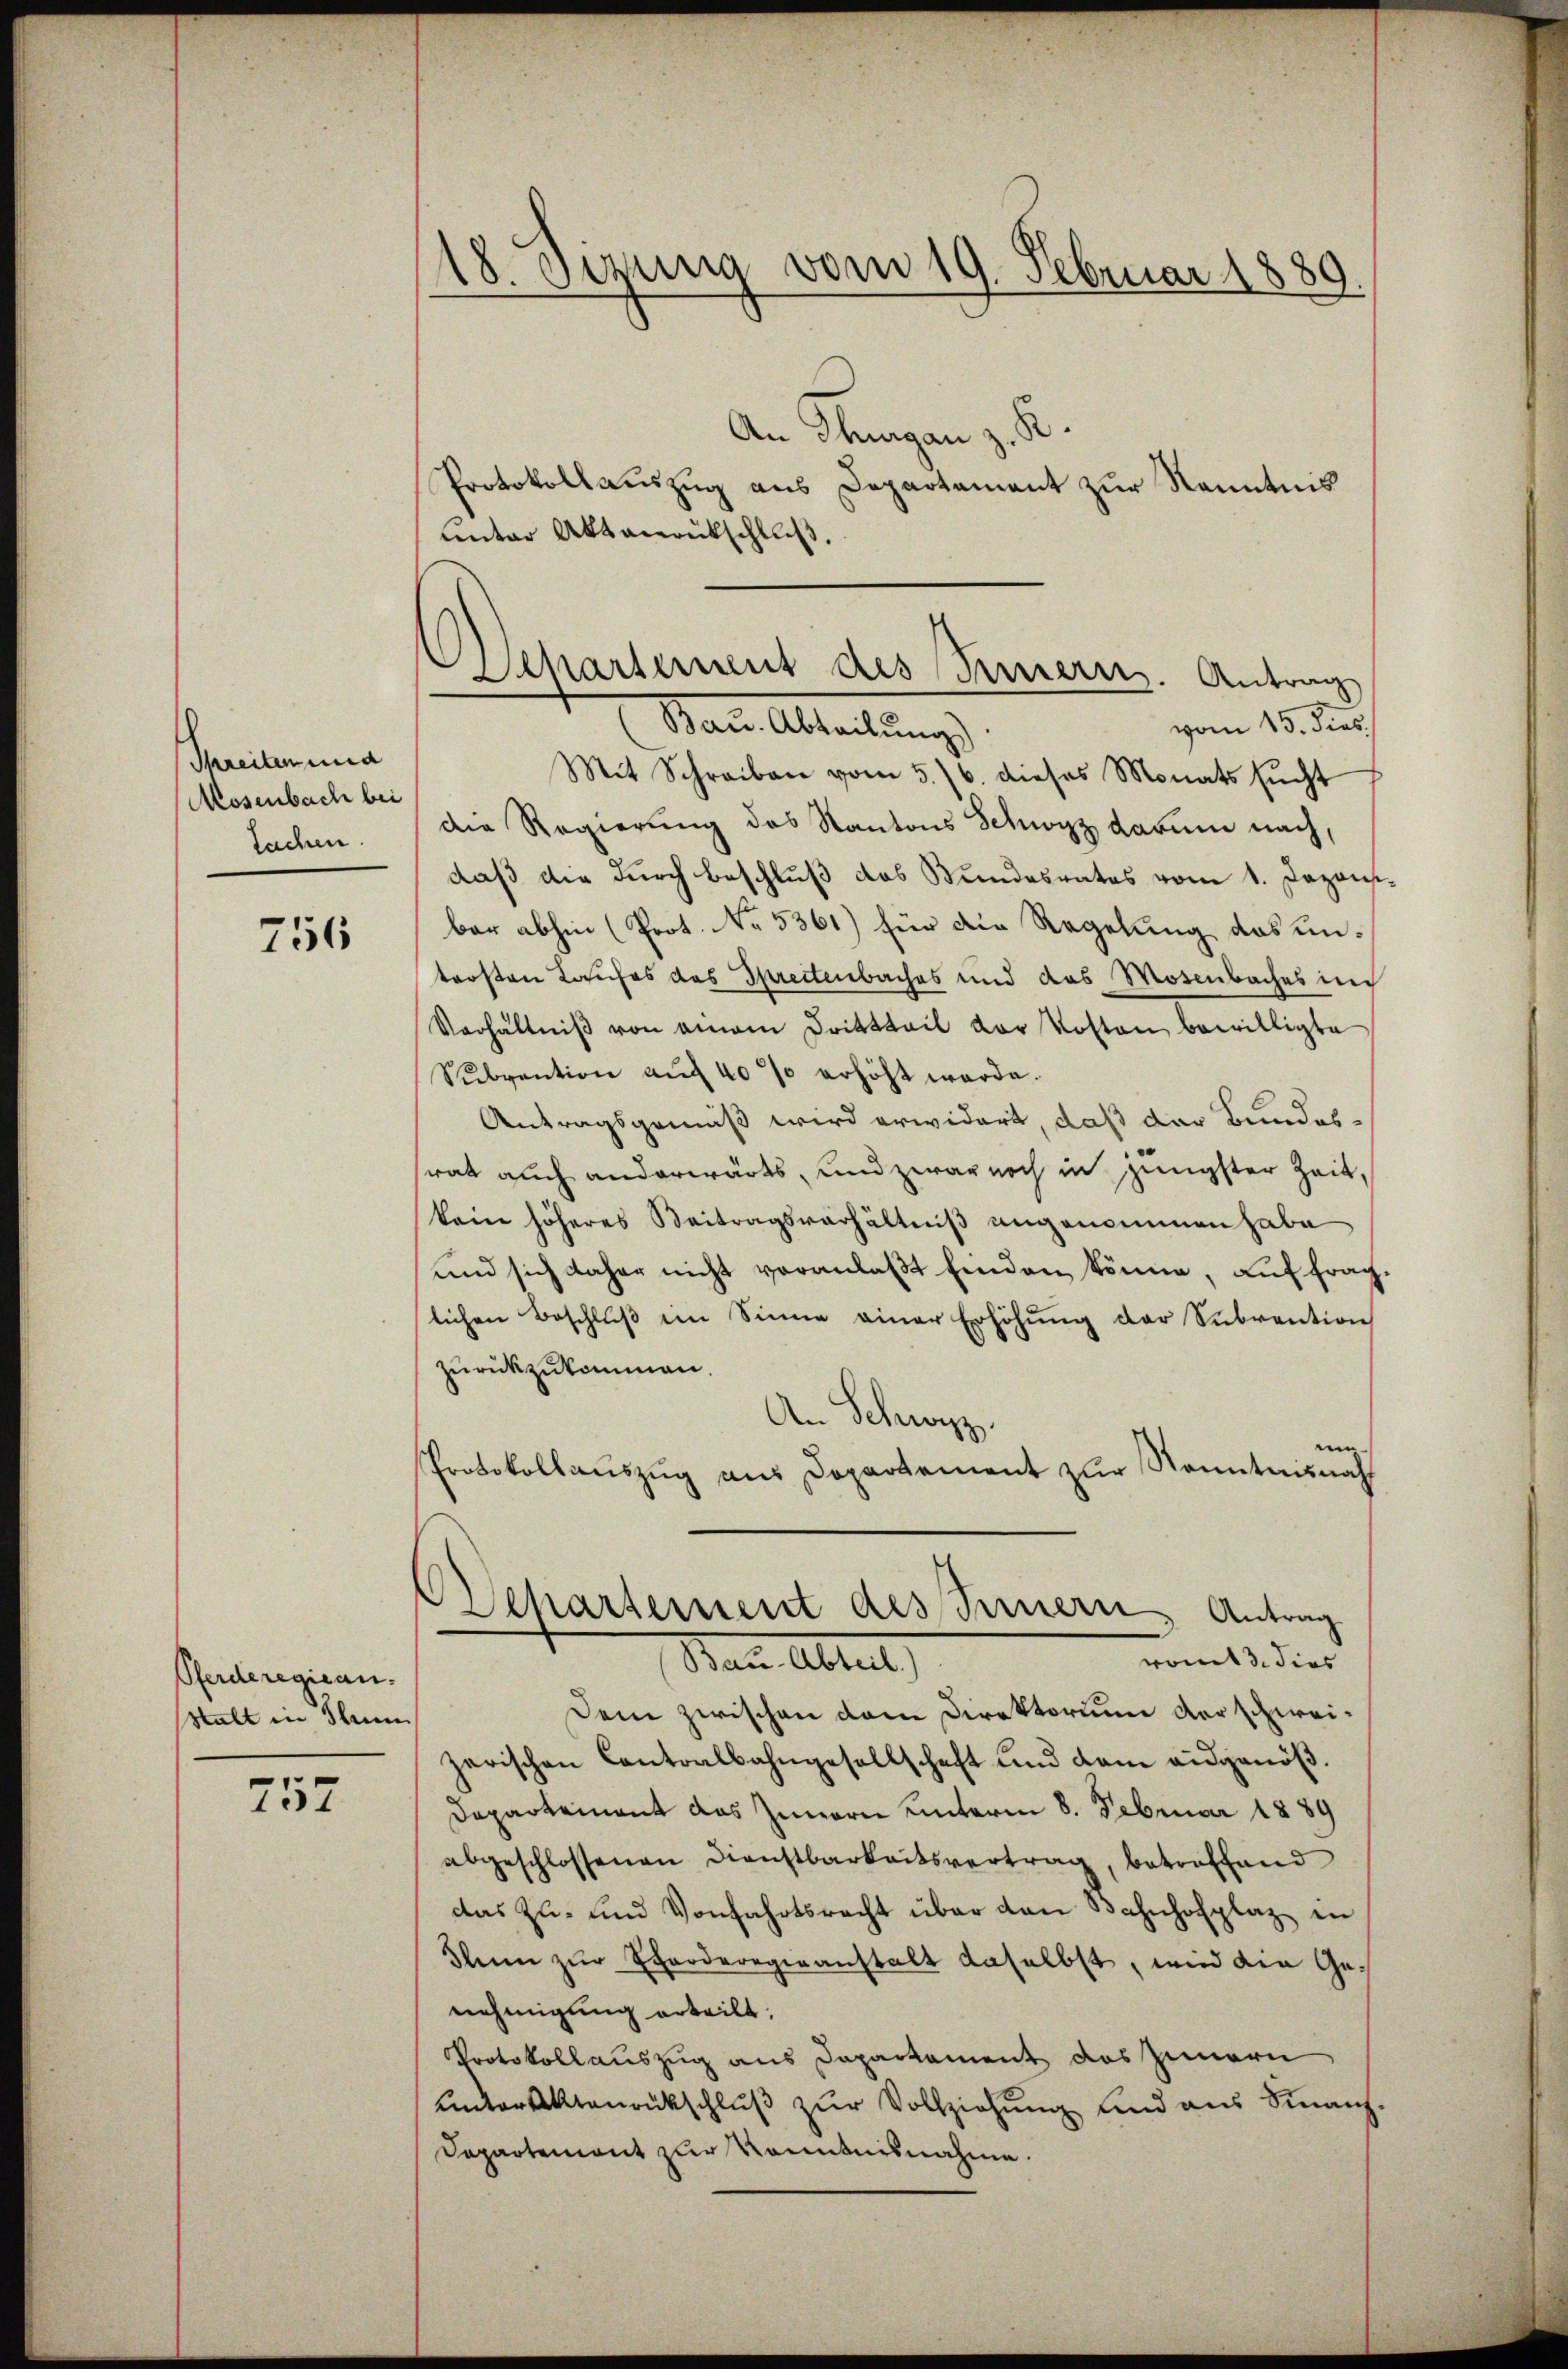
Threiten und
Mosenbach bei
Sachen.

756

Pferderegiean.
stalt in The

757

18. Sezung vom 19. Februar 1889.

Separtement des Berneren. Antrag

An Thurgau z. S
Protokollauszug aus Departament zur Kenntnis
uinter Aktenrückschluß.
vom 15. dies
Mann Abtreitung
Mit Schreiben vom 5./6. dieses Monats sŭcht
die Regierung des Kantons Schwyz darum nach,
daß die durch beschluß das Wundesrates vom 1. Dazens.
bar abhin (Prot. No. 5361) für die Regelung das untersten Laufes des Sprectenbaches und das Mosenbaches in
Verhältniβ von einem Dritttail der Kosten bewilligte
Subvention aŭf 40 % erhöht werde.
Antragsgemäß wird erwidert, daß der Bundessrat auch anderwärts, und zwar noch in jüngster Zeit,
kein höheres Beitragsverhältniß angenommen habe
und sich daher nicht veranlaßt finden könne, auf frag
lichen Beschlŭβ im Sinne einer Erhöhŭng der Sŭbvention
zurückzukommen.
An Schwyz.
Protokollauszug aus Departement zur Sonntnis nach
Departement des Fernern, Antrag
romt 3. dies
Name Abteil
Dem zwischen dem Direktorium der schweizerischen Cantoalbahngesellschaft und dem ausgenöß¬
Departement das Innern unterm 8. Februar 1889
abgeschlossenen Dienstbarkeitsvertrag, betreffend
das Zu- und Vorfahrtsrecht über den Bahnhofplaz in
Ihn zŭr Eferderegieanstalt daselbst, wird die Genehmigung erteilt,
Protokollauszug aus Departement das Innern
unterstenrückschluß zur Vollziehung und aus Finanz¬
Dapartement zur Kenntnisnahme.